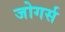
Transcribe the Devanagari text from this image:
जोगर्स